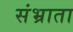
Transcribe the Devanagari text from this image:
संभ्राता